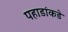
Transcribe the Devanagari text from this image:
पहाडांकडे